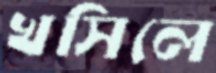
খসিলে